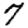
Digit: 7